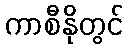
ကာစီနိုတွင်